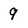
Character: 9